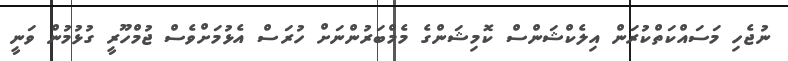
ނުޖެހި މަސައްކަތްކުރަން އިލެކްޝަންސް ކޮމިޝަންގެ މެމްބަރުންނަށް ހުރަސް އެޅުމަށްވެސް ޖުމްހޫރީ ގުޅުމުން ވަނީ